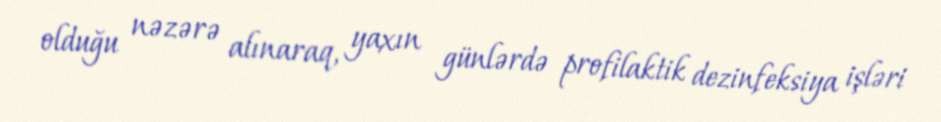
olduğu nəzərə alınaraq, yaxın günlərdə profilaktik dezinfeksiya işləri